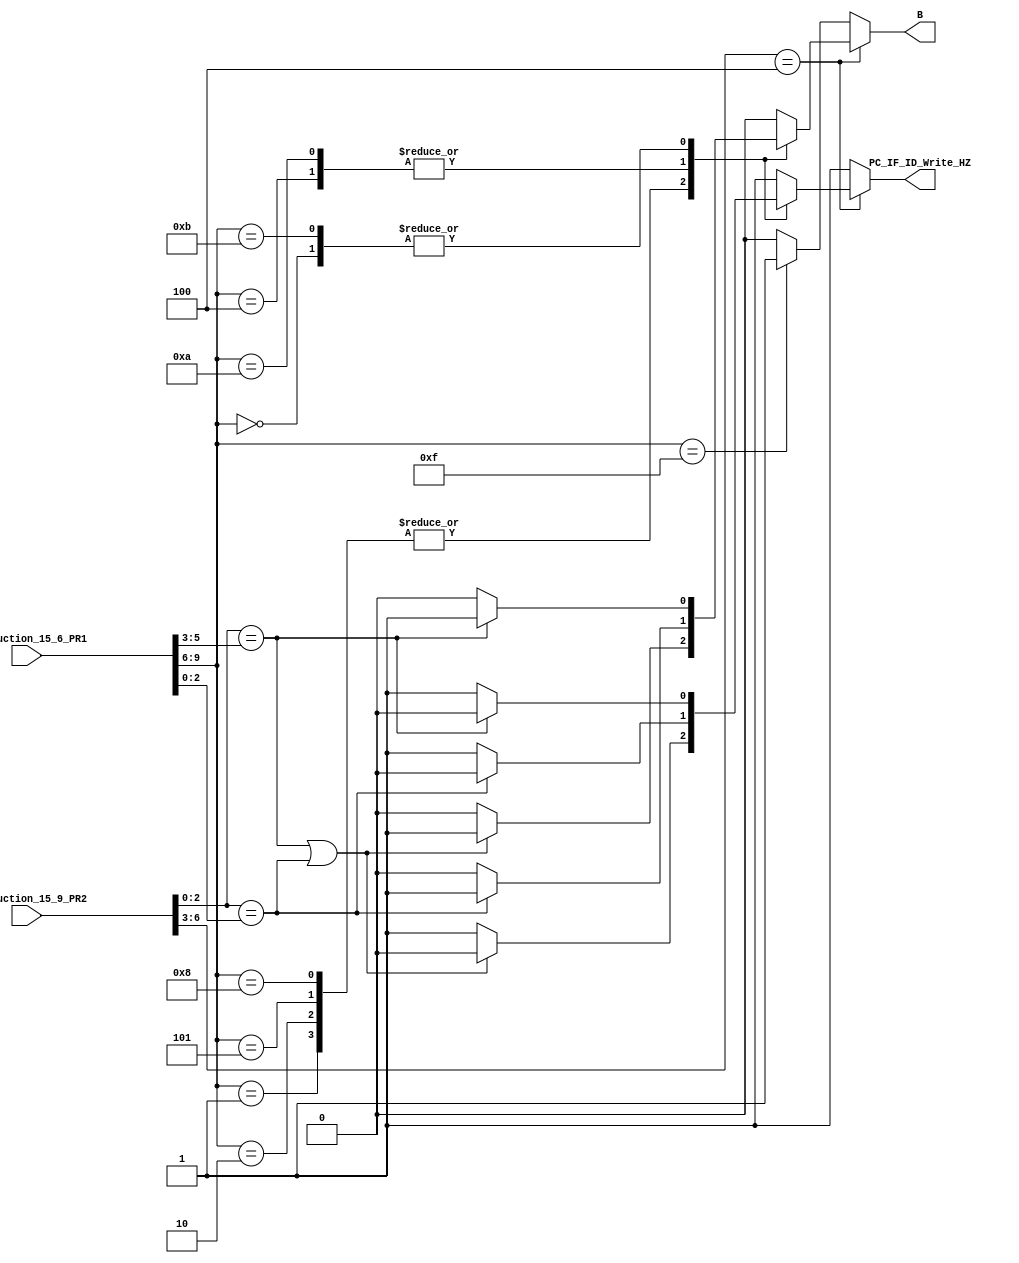
module Hazard_Detection_Unit (Instruction_15_6_PR1, Instruction_15_9_PR2,

									   PC_IF_ID_Write_HZ, B);

//-------------------------------------------------- I/O Ports
										
input  [9:0] Instruction_15_6_PR1;
input  [6:0] Instruction_15_9_PR2;

output reg   PC_IF_ID_Write_HZ, B;

//-------------------------------------------------- Combinational Logic

always @(*)
begin

	if (Instruction_15_9_PR2[6:3] == 4'b0100)
		begin
			case (Instruction_15_6_PR1[9:6])
				4'b0001: begin
							if      ((Instruction_15_9_PR2[2:0] == Instruction_15_6_PR1[5:3])||(Instruction_15_9_PR2[2:0] == Instruction_15_6_PR1[2:0]))
								begin
									PC_IF_ID_Write_HZ <= 1'b0;
									B <= 1'b1;
								end
							else
								begin
									PC_IF_ID_Write_HZ <= 1'b1;
									B <= 1'b0;
								end
							end
							
				4'b0000: begin
							if      (Instruction_15_9_PR2[2:0] == Instruction_15_6_PR1[5:3])
								begin
									PC_IF_ID_Write_HZ <= 1'b0;
									B <= 1'b1;
								end
							else
								begin
									PC_IF_ID_Write_HZ <= 1'b1;
									B <= 1'b0;
								end
							end
				
				4'b0010: begin
							if 	  ((Instruction_15_9_PR2[2:0] == Instruction_15_6_PR1[5:3])||(Instruction_15_9_PR2[2:0] == Instruction_15_6_PR1[2:0]))
								begin
									PC_IF_ID_Write_HZ <= 1'b0;
									B <= 1'b1;
								end
							else
								begin
									PC_IF_ID_Write_HZ <= 1'b1;
									B <= 1'b0;
								end
							end
								
				4'b0100: begin
							if 	  (Instruction_15_9_PR2[2:0] == Instruction_15_6_PR1[2:0])
								begin
									PC_IF_ID_Write_HZ <= 1'b0;
									B <= 1'b1;
								end
							else
								begin
									PC_IF_ID_Write_HZ <= 1'b1;
									B <= 1'b0;
								end
							end
								
				4'b0101: begin
							if 	  ((Instruction_15_9_PR2[2:0] == Instruction_15_6_PR1[5:3])||(Instruction_15_9_PR2[2:0] == Instruction_15_6_PR1[2:0]))
								begin
									PC_IF_ID_Write_HZ <= 1'b0;
									B <= 1'b1;
								end
							else
								begin
									PC_IF_ID_Write_HZ <= 1'b1;
									B <= 1'b0;
								end
							end
								
				4'b1000: begin
							if 	  ((Instruction_15_9_PR2[2:0] == Instruction_15_6_PR1[5:3])||(Instruction_15_9_PR2[2:0] == Instruction_15_6_PR1[2:0]))
								begin
									PC_IF_ID_Write_HZ <= 1'b0;
									B <= 1'b1;
								end
							else
								begin
									PC_IF_ID_Write_HZ <= 1'b1;
									B <= 1'b0;
								end
							end

				4'b1010: begin
							if 	  (Instruction_15_9_PR2[2:0] == Instruction_15_6_PR1[2:0])
								begin
									PC_IF_ID_Write_HZ <= 1'b0;
									B <= 1'b1;
								end
							else
								begin
									PC_IF_ID_Write_HZ <= 1'b1;
									B <= 1'b0;
								end
							end
							
				4'b1011: begin
							if 	  (Instruction_15_9_PR2[2:0] == Instruction_15_6_PR1[5:3])
								begin
									PC_IF_ID_Write_HZ <= 1'b0;
									B <= 1'b1;
								end
							else
								begin
									PC_IF_ID_Write_HZ <= 1'b1;
									B <= 1'b0;
								end
							end
							
				default: begin
								PC_IF_ID_Write_HZ <= 1'b1;
								B <= 1'b0;
							end
			endcase
		end
	else if (Instruction_15_6_PR1[9:6] == 4'b1111)  // NOPE Instruction
		begin
			PC_IF_ID_Write_HZ <= 1'b1;
			B <= 1'b1;
		end
	else
		begin
			PC_IF_ID_Write_HZ <= 1'b1;
			B                 <= 1'b0;
		end
	
end

endmodule